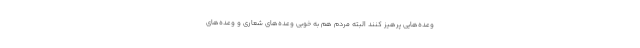
وعده‌هایی پرهیز کنند البته مردم هم به خوبی وعده‌های شعاری و وعده‌های